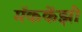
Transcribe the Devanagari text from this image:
मॅककेंझी